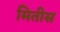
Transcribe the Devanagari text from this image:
मितीस